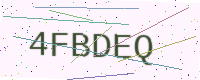
Text: 4FBDEQ